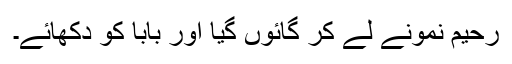
رحیم نمونے لے کر گائوں گیا اور بابا کو دکھائے۔